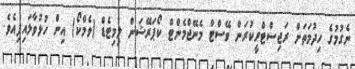
ނެގުމުގެ ހިދުމަތަށް ރަޖިސްޓްރީކުރަން ވޭސްޓް މެނޭޖްމެންޓް ކޯޕަރޭޝަން ލިމިޓެޑް (ވެމްކޯ) އިން ހުޅުވާލައިފިއެވެ.